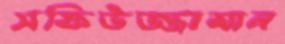
সফিউজ্জামান